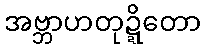
အဗ္ဘာဟတုဍ္ဍိတော